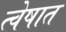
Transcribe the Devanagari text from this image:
त्वेषात